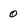
Character: 0